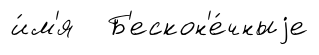
и́м'я Б'ескон'е́чныjе